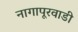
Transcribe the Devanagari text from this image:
नागापूरवाडी